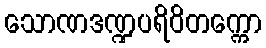
သောဏဒဏ္ဍပရိဝိတက္ကော